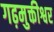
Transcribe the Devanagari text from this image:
गढ़मुक्तीश्वर